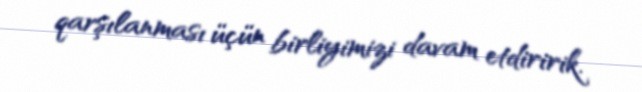
qarşılanması üçün birliyimizi davam etdiririk.